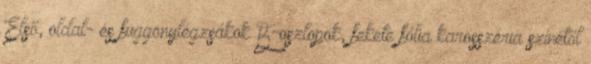
Első, oldal- és függönylégzsákok B-oszlopok, fekete fólia karosszéria színétől